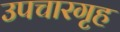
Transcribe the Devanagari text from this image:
उपचारगृह